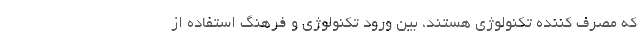
که مصرف کننده تکنولوژی هستند، بین ورود تکنولوژی و فرهنگ استفاده از